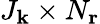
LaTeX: J_{\mathbf{k}}\times N_{\mathbf{r}}